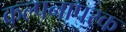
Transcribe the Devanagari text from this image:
कल्पनापरक